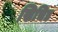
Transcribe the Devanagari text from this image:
खिचिड